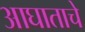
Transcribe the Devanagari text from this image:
आघाताचे